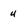
Character: 4